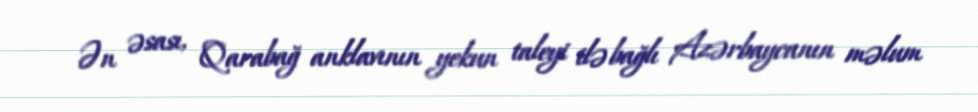
Ən əsası, Qarabağ anklavının yekun taleyi ilə bağlı Azərbaycanın məlum